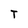
Character: T